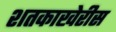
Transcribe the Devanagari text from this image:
शतकाखेरीस